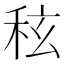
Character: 𮃀